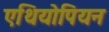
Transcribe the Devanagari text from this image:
एथियोपियन